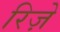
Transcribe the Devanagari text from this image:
रिज़े